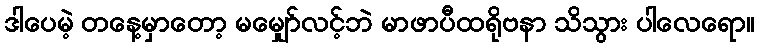
ဒါပေမဲ့ တနေ့မှာတော့ မမျှော်လင့်ဘဲ မာဖာပီထရိုဗနာ သိသွား ပါလေရော။